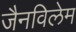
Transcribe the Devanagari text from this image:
जैनविलेम